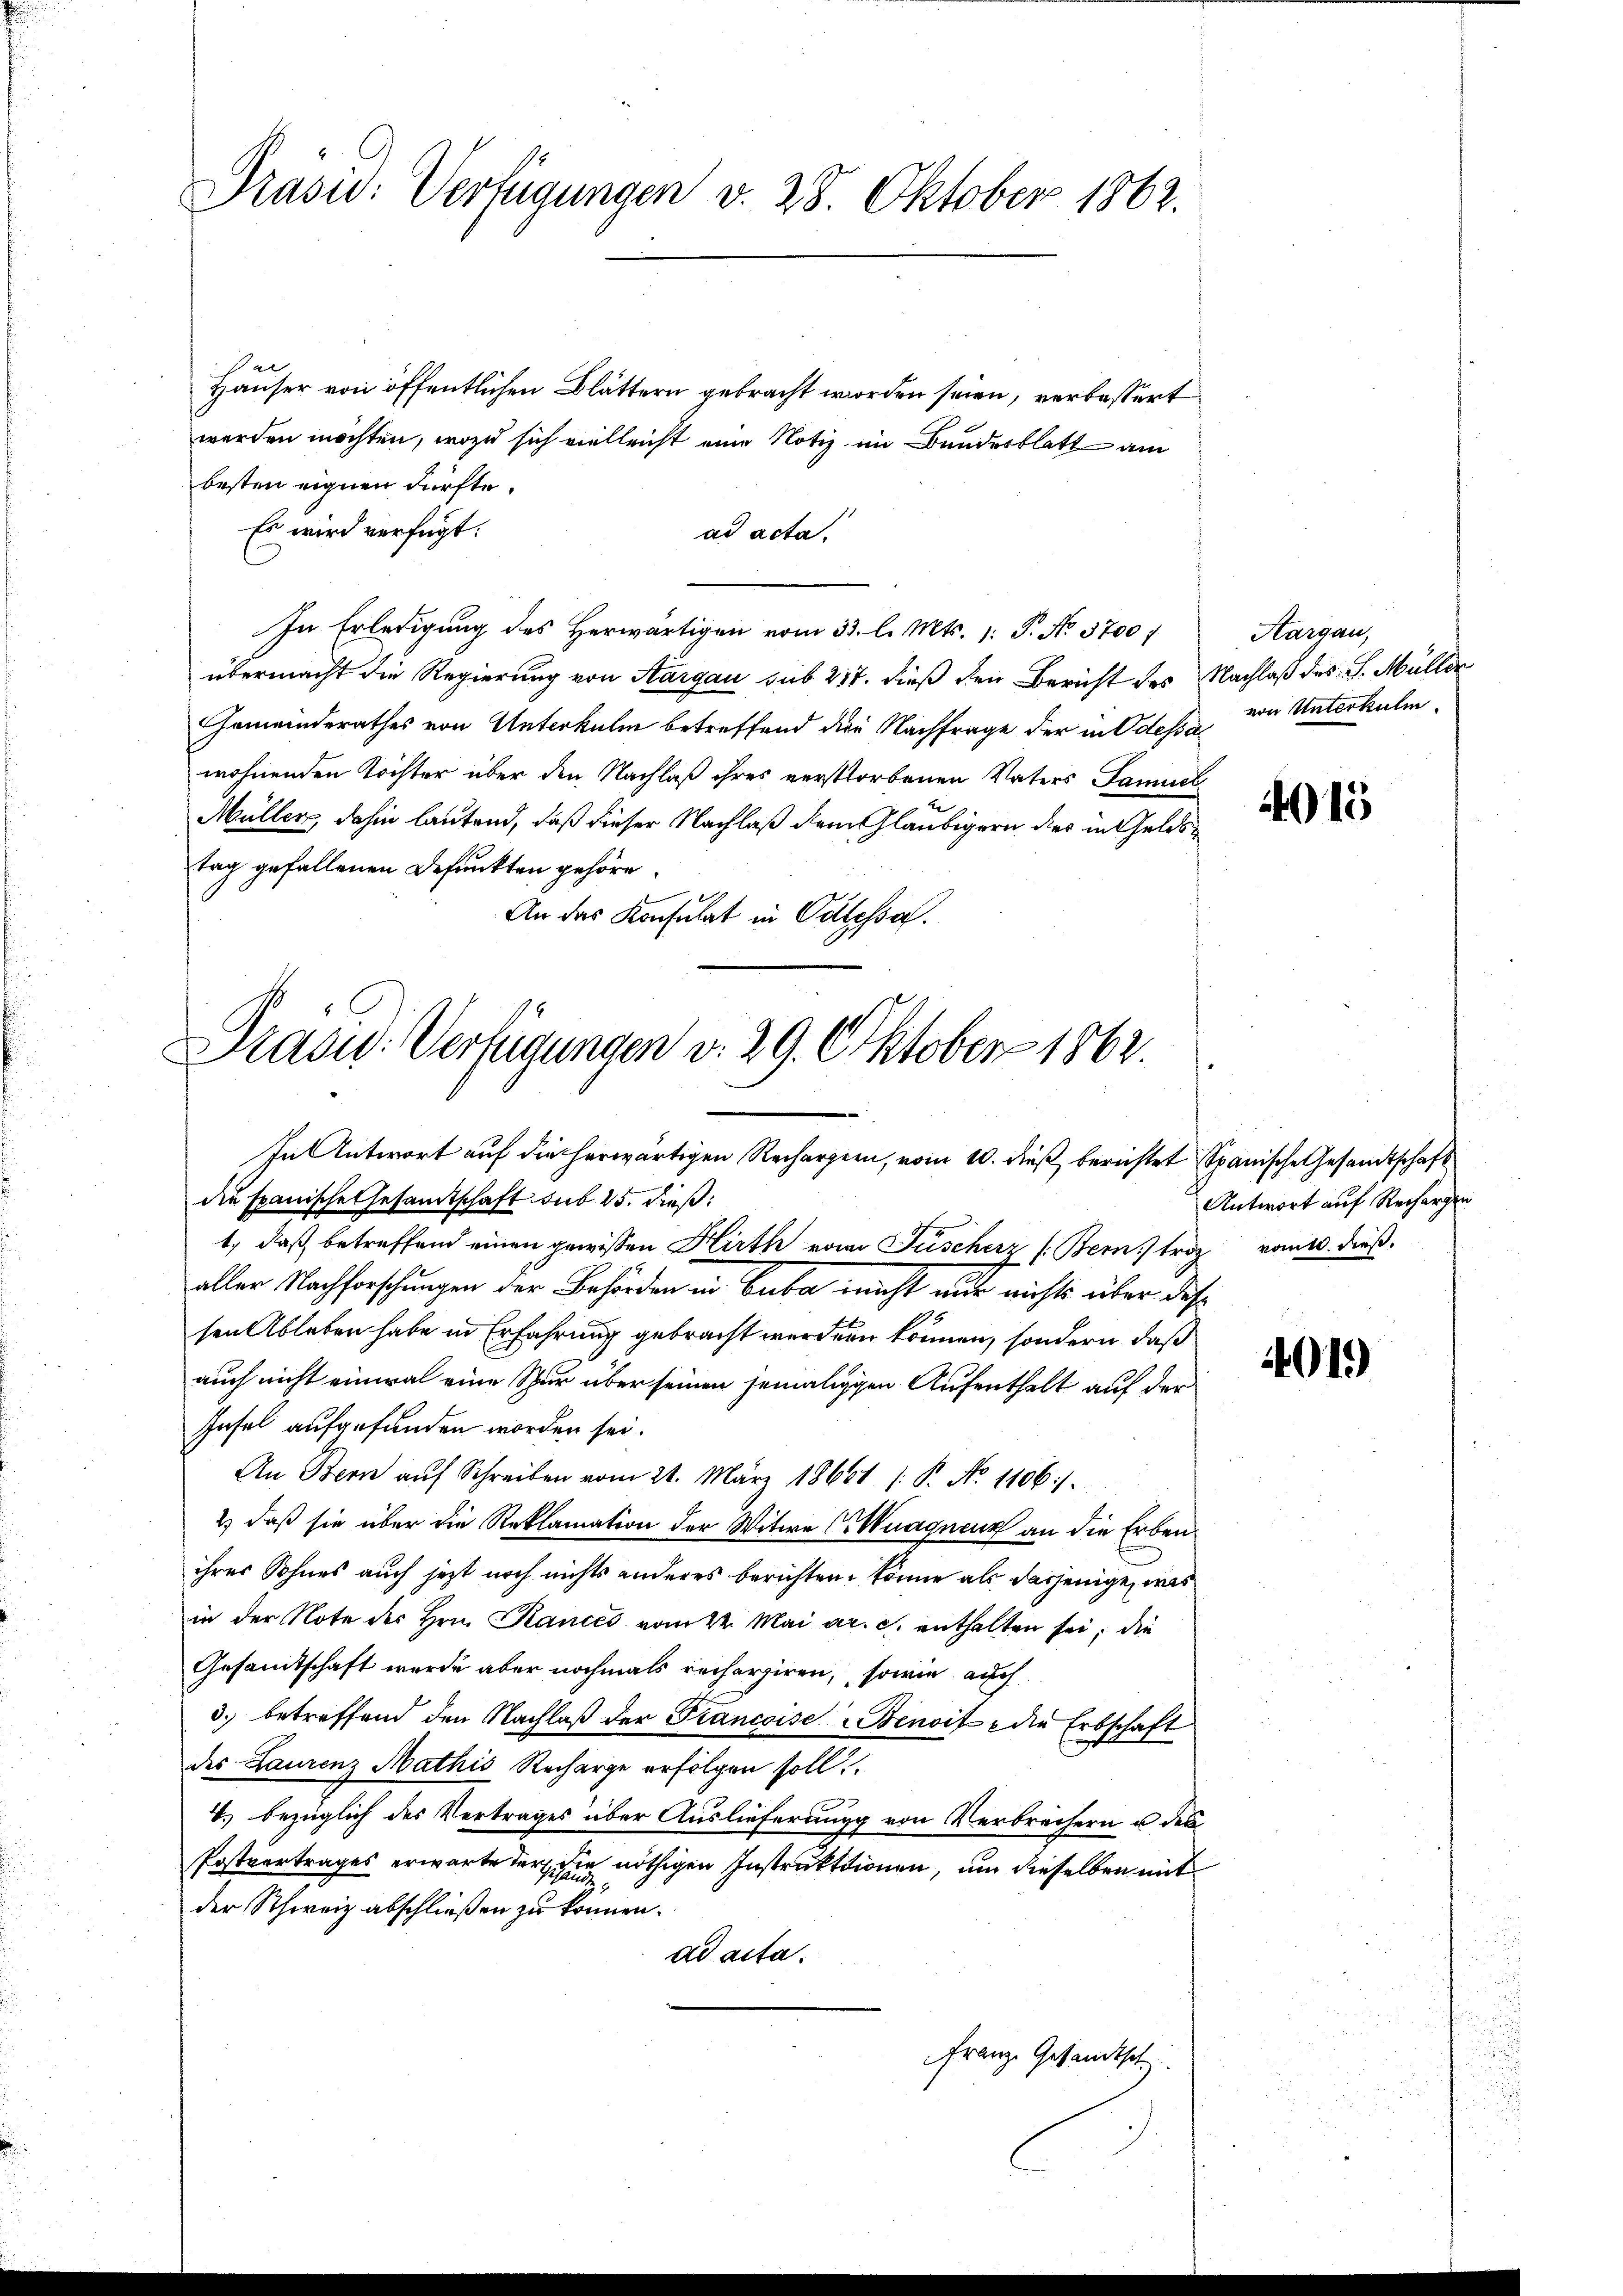
Präsid. Verfügungen v. 28. Oktober 1862.

Häuser von öffentlichen Blättern gebracht worden seien, verbessert
werden möchten, wozu sich vielleicht eine Notiz im Bundesblatt am
besten eignen dürfte.
Es wird verfügt:
ad acta.
In Erledigung des Herwärtigen vom 33. l. Mts. 1. P. No. 3700 f
übermacht die Regierung von Aargau sub 217. dieß den Bericht des Nachlaß des J. Müller
Gemeinderathes von Unterkulm betreffend der Nachfrage der in Odessa
wohnenden Kochter über den Nachlaß ihres verstorbenen Vaters Samuel
Müller, dahin lautend, daß dieser Nachlaß dem Gläubigern des in Geldstag gefallenen Befunkten gehöre.
An das Konsulat in Odlessa.

Präsid.: Verfügungen v. 29. Oktober 1862.

Aargau,
von Unterkuli

In Antwort auf die herwärtigen Rechargien, vom 10. dieß berichtet Spanische Gesamtschaft
die spanische Gesamtschaft sub 25. dieß:
1., daß betreffend einen gewissen Hirth von Füscherz (Bern, trotz vom 10. dieß,
aller Nachforschungen der Behörden in Guba nicht nur richts über das
sen Ableben habe in Erfahrung gebracht werden können, sondern, daß
auch nicht einmal eine Spur über seinen jemaliggen Aufenthalt auf der
Hasel aufgefunden worden sei.
An Bern aŭf Schreiben vom 21. März 18661 (: P. No 1106/
2) daß sie über die Reklamation der Witwe (Wuagueur an die Erbenihres Sohnes auch jetzt noch nichts anderes berichten könne als dasjenige, was
in der Note des Hrn. Kances vom 22. Mai a. c. enthalten sei, die
Gesamtschaft wurde aber nochmals recherziren, sowie auch
d. betreffend den Nachlaβ der Francoise Benoit die Erbschaft
des Laurenz Mathis Recharge erfolgen soll.
T.) bezüglich des Vertrages über Auslieferung von Verbrechern u des
Postvertrages erwarte Verschie nöthigen Instraktionen, um dieselben mit
der Schweiz abschließen zu können.
ad acta.
Franz. Gesandtsch

4015

Antwort auf Rechargen

4019